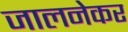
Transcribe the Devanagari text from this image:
जालनेकर